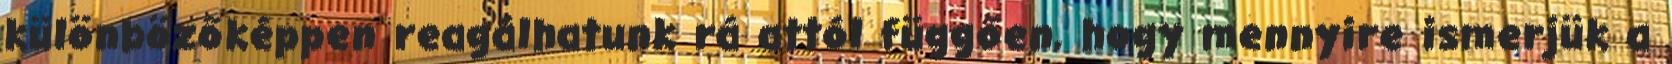
különbözőképpen reagálhatunk rá attól függően, hogy mennyire ismerjük a